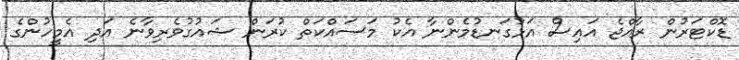
ޑޮކްޓަރުން ރާއްޖެ އައިސް އަޅުގަނޑުމެންނާ އެކު މަސައްކަތް ކުރަން ޝައުގުވެރިވާނެ އަދި އެމީހުންގެ